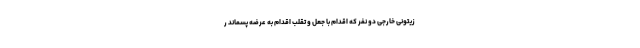
زیتونی خارجی دو نفر که اقدام با جعل و تقلب اقدام به عرضه پسماند ر